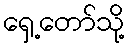
ရှေ့တော်သို့